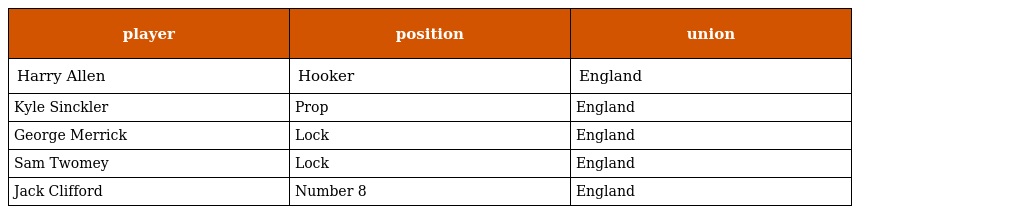
| player | position | union |
 | --- | --- | --- |
 | Harry Allen | Hooker | England |
 | Kyle Sinckler | Prop | England |
 | George Merrick | Lock | England |
 | Sam Twomey | Lock | England |
 | Jack Clifford | Number 8 | England |